Vaccination in Burma 1889-1999 - 1889-1999
Year: 1889
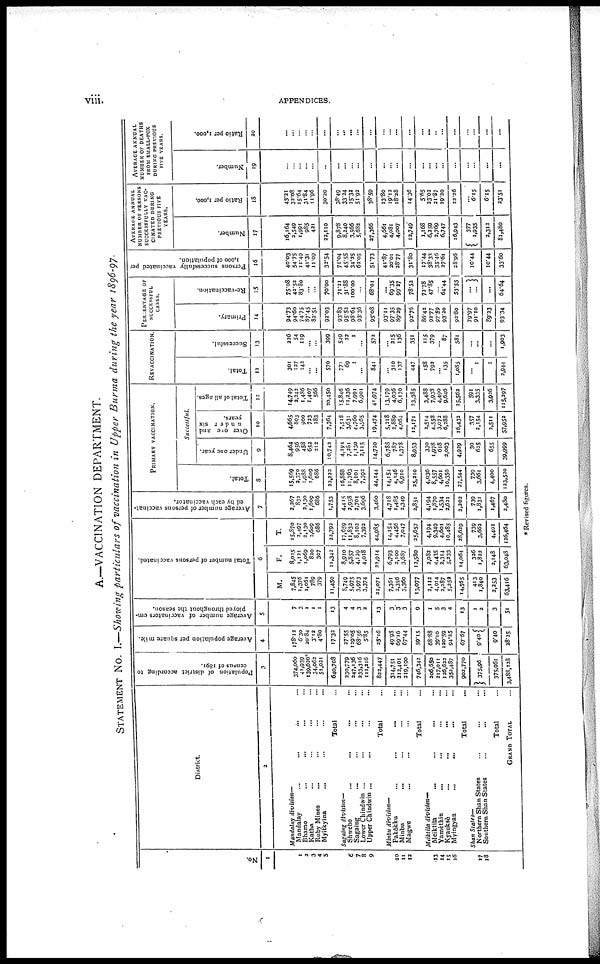
viii.
APPENDICES.
A.—VACCINATION DEPARTMENT.
STATEMENT No. I.—Showing particulars of vaccination in Upper Burma during the year 1896-97.
No.
1
1
3
3
4
5
6
7
8
9
10
11
12
13
14
15
16
17
18
District.
2
Mandalay division—
Mandalay
...
...
...
...
Bhamo ... ... ... ... ...
Katha ... ... ... ... ...
Ruby Mines ...
Myitkyina
Total ...
Sagaing division—
Shwebo ... ... ... ...
Sagaine ... ... ... ...
Lower Chindwin ... ... ... ...
Upper Chindwin ... ... ... ...
Total ...
Minbu division—
Pakôkku
...
...
... ...
Minbu
... ... ... ...
Magwe ... ... ... ...
Total ...
Maiktila division—
Meiktila ... ... ... ...
Yamèthin ... ... ... ...
Kyauksè ... ... ... ... ...
Myingyan
...
... ... ...
Total ...
Shan States—
Northern Shan States ... ... ...
Southern Shan States
...
...
Total ...
GRAND TOTAL ...
Population of district according to
census of 1891.
3
374,060
42,939
139,626*
34,062
51,021
640,708
230,779
347,136
233,316
111,216
822,447
314,751
212,401
219,190
746,342
206,650
217,011
126,622
352,487
902,770
375,96
375,961
3,488,328
Average population per square mile.
4
178.12
6.30
20.84
3.12
4.80
17.33
27.55
129.05
68.56
5.85
25.16
49.98
69.16
67.44
59.15
68.88
39.10
120.59
94.25
67.67
9.40
9.40
28.25
Average number of vaccinators em-
ployed throughout the season.
5
7
3
1
1
1
13
4
4
3
2
13
3
3
3
9
1
5
3
4
13
1
2
3
51
Total number of persons vaccinated.
6
M.
7,845
1,376
1,061
789
379
11,450
8,749
5,975
3,973
3,374
22,071
7,361
2,356
3,360
13,077
2,112
4,914
3,287
5,252
14,565
413
1,840
2,353
63,416
F.
8,025
1,121
1,069
820
307
11,342
8,910
5,857
4,129
4,018
22,914
6,793
2,100
3,687
12,580
2,082
4,435
3,314
5,233
14,064
336
1,822
2,148
63,048
T.
15,870
2,497
2,130
1,609
686
22,792
17,659
11,832
8,102
7,393
44,985
14,154
4,456
7,047
35,657
4,194
9,349
4,601
10,485
28,629
739
3,662
4,401
126,464
Average number of persons vaccinat-
ed by each vaccinator.
7
3,267
832
2,130
1,609
686
1,753
4,415
2,958
2,701
3,696
3,460
4,718
1,485
2,349
2,851
4,194
1,870
1,534
2,621
2,203
739
1,831
1,467
2,480
PRIMARY VACCINATION.
Total.
8
15,569
2,370
1,988
1,609
686
22,222
16,888
11,763
8,101
7,393
44,144
14,154
4,146
6,910
25,210
4,036
8,557
4,601
10,350
37,544
739
3,661
4,400
123,530
Successful.
Under one year.
9
8,464
956
458
653
212
10,742
4,194
7,281
1,130
2,115
14,720
6,788
787
1,378
8,953
330
1,978
618
2,003
4,929
30
625
655
39,999
Over ore and
under six
years.
10
4,665
883
900
723
183
7,364
7,518
3,631
4,760
3,565
19,474
5,218
2,889
4,064
12,171
2,514
4,558
3,072
6,288
16,432
357
2,154
2,511
57,953
Total of all ages.
11
14,749
3,242
1,486
1,407
566
20,450
15,846
11,236
7,991
6,901
41,974
13,179
4,036
6,170
23,385
3,488
7,938
4,490
9,646
25,562
591
3,335
3,936
115,297
REVACCI NATION.
Total.
12
301
127
142
... ...
570
771
69
1
...
841
... 310
137
447
158
792
...
135
1,085
...
1
I
2,944
Successful.
13
226
54
119
...
...
399
549
22
1
...
572
... 215
136
351
115
379
... 87
581
...
...
...
1,903
PERCENTAGE OF
SUCCESSFUL
CASES.
Primary.
14
94.73
94.60
74.75
87.45
83.51
93.03
93.83
95.52
98.64
93.36
95.08
93.11
97.35
89.29
92.76
86.42
92.77
97.59
93.20
92.80
79.97
91.10
89.33
93.34
Re-vaccination.
15
75.08
42.52
83.80
...
...
70.00
71.21
31.88
100.00
...
68.01
...
69.35
99.27
78.52
72.78
47.85
... 64.44
53.55
...
...
...
64.64
Persons successfully vaccinated per
1,000 of population.
16
40.03
54.75
11.49
41.31
11.09
32.54
71.04
45.55
34.25
62.05
51.73
41.87
20.01
28.77
31.80
17.44
38.33
35.46
27.61
28.96
10.44
10.44
33.60
AVERAGE ANNUAL
NUMBER OF PERSONS
SUCCESSFULLY VAC-
------- DURING
PREVIOUS FIVE
YEARS.
Number.
17
16,164
2,549
1,991
985
421
22,110
9,878
8,240
3,566
5,632
27,366
4,661
4,08l
4,007
13,749
1,168
6,259
2,769
6,747
16,943
377
1,935
2,312
81,480
Ratio per 1,000.
18
43.31
32.08
15.64
31.84
11.96
30.30
38.49
33.34
15.32
51.92
38.59
13.80
19.12
18.28
14.36
5.55
23.02
21.87
19.20
22.26
...
6.15
6.15
23.51
AVERAGE ANNUAL
NUMBER OF DEATHS
FROM SMALL-POX
DURING PREVIOUS
FIVE YEARS.
Number.
19
...
...
... ...
...
...
...
...
...
...
...
...
...
...
...
...
...
...
...
...
...
...
...
...
Ratio per 1,000.
20
...
...
... ...
...
...
... ...
...
...
...
...
... ...
...
...
...
... ...
...
...
...
...
...
* Revised figures.